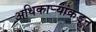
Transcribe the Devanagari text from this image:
अधिकार्‍यांकडून